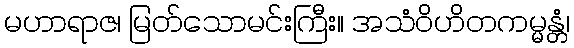
မဟာရာဇ၊ မြတ်သောမင်းကြီး။ အသံဝိဟိတကမ္မန္တံ၊